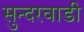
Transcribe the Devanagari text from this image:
सुन्दरवाडी